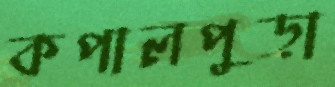
কপালপুড়া